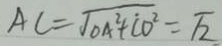
A C = \sqrt { O A ^ { 2 } + \dot { C } O ^ { 2 } } = \sqrt { 2 }